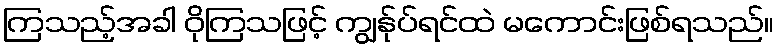
ကြသည့်အခါ ဝိုကြသဖြင့် ကျွန်ုပ်ရင်ထဲ မကောင်းဖြစ်ရသည်။